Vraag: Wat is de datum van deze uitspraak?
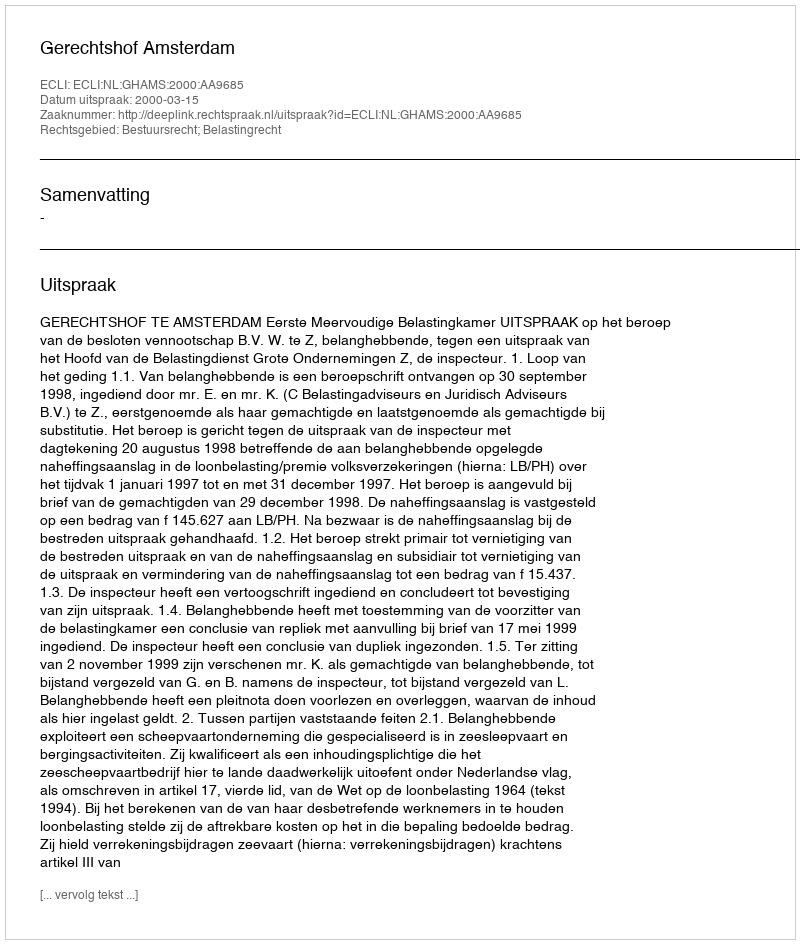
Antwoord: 2000-03-15